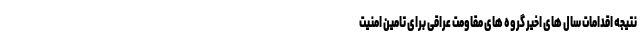
نتیجه اقدامات سال های اخیر گروه های مقاومت عراقی برای تامین امنیت